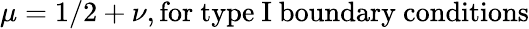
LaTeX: \mu=1/2+\nu,\mathrm{for~type~I~boundary~conditions}